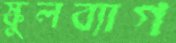
স্কুলব্যাগ